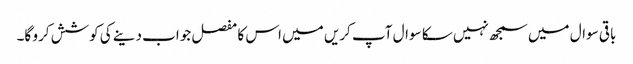
باقی سوال میں سمجھ نہیں سکا سوال آپ کریں میں اس کا مفصل جواب دینے کی کوشش کرو گا۔